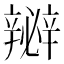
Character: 𨐵